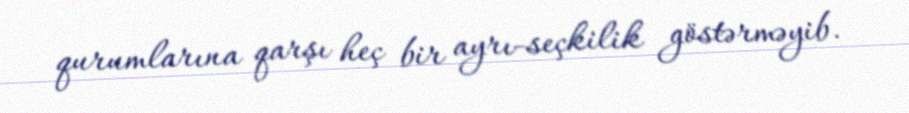
qurumlarına qarşı heç bir ayrı-seçkilik göstərməyib.